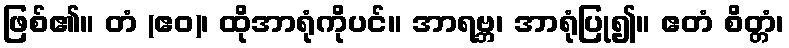
ဖြစ်၏။ တံ (ဧဝ)၊ ထိုအာရုံကိုပင်။ အာရဗ္ဘ၊ အာရုံပြု၍။ ဧတံ စိတ္တံ၊